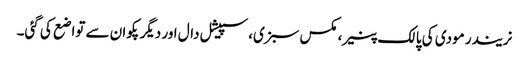
نریندر مودی کی پالک پنیر، مکس سبزی، سپیشل دال اور دیگرپکوان سے تواضع کی گئی۔